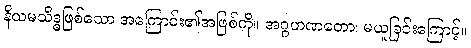
နိယမသိဒ္ဓဖြစ်သော အကြောင်း၏အဖြစ်ကို။ အဂ္ဂဟဏတော၊ မယူခြင်းကြောင့်။